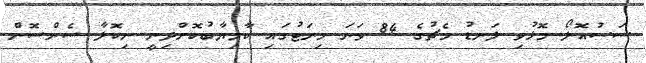
ސަސުއޮލޯ މޮޅުވި ލަނޑު މެޗުގެ 84 ވަނަ މިނަޓުގައި ކާމިޔާބުކޮށްދިނީ ނިކޮލާ ސެންސޮން